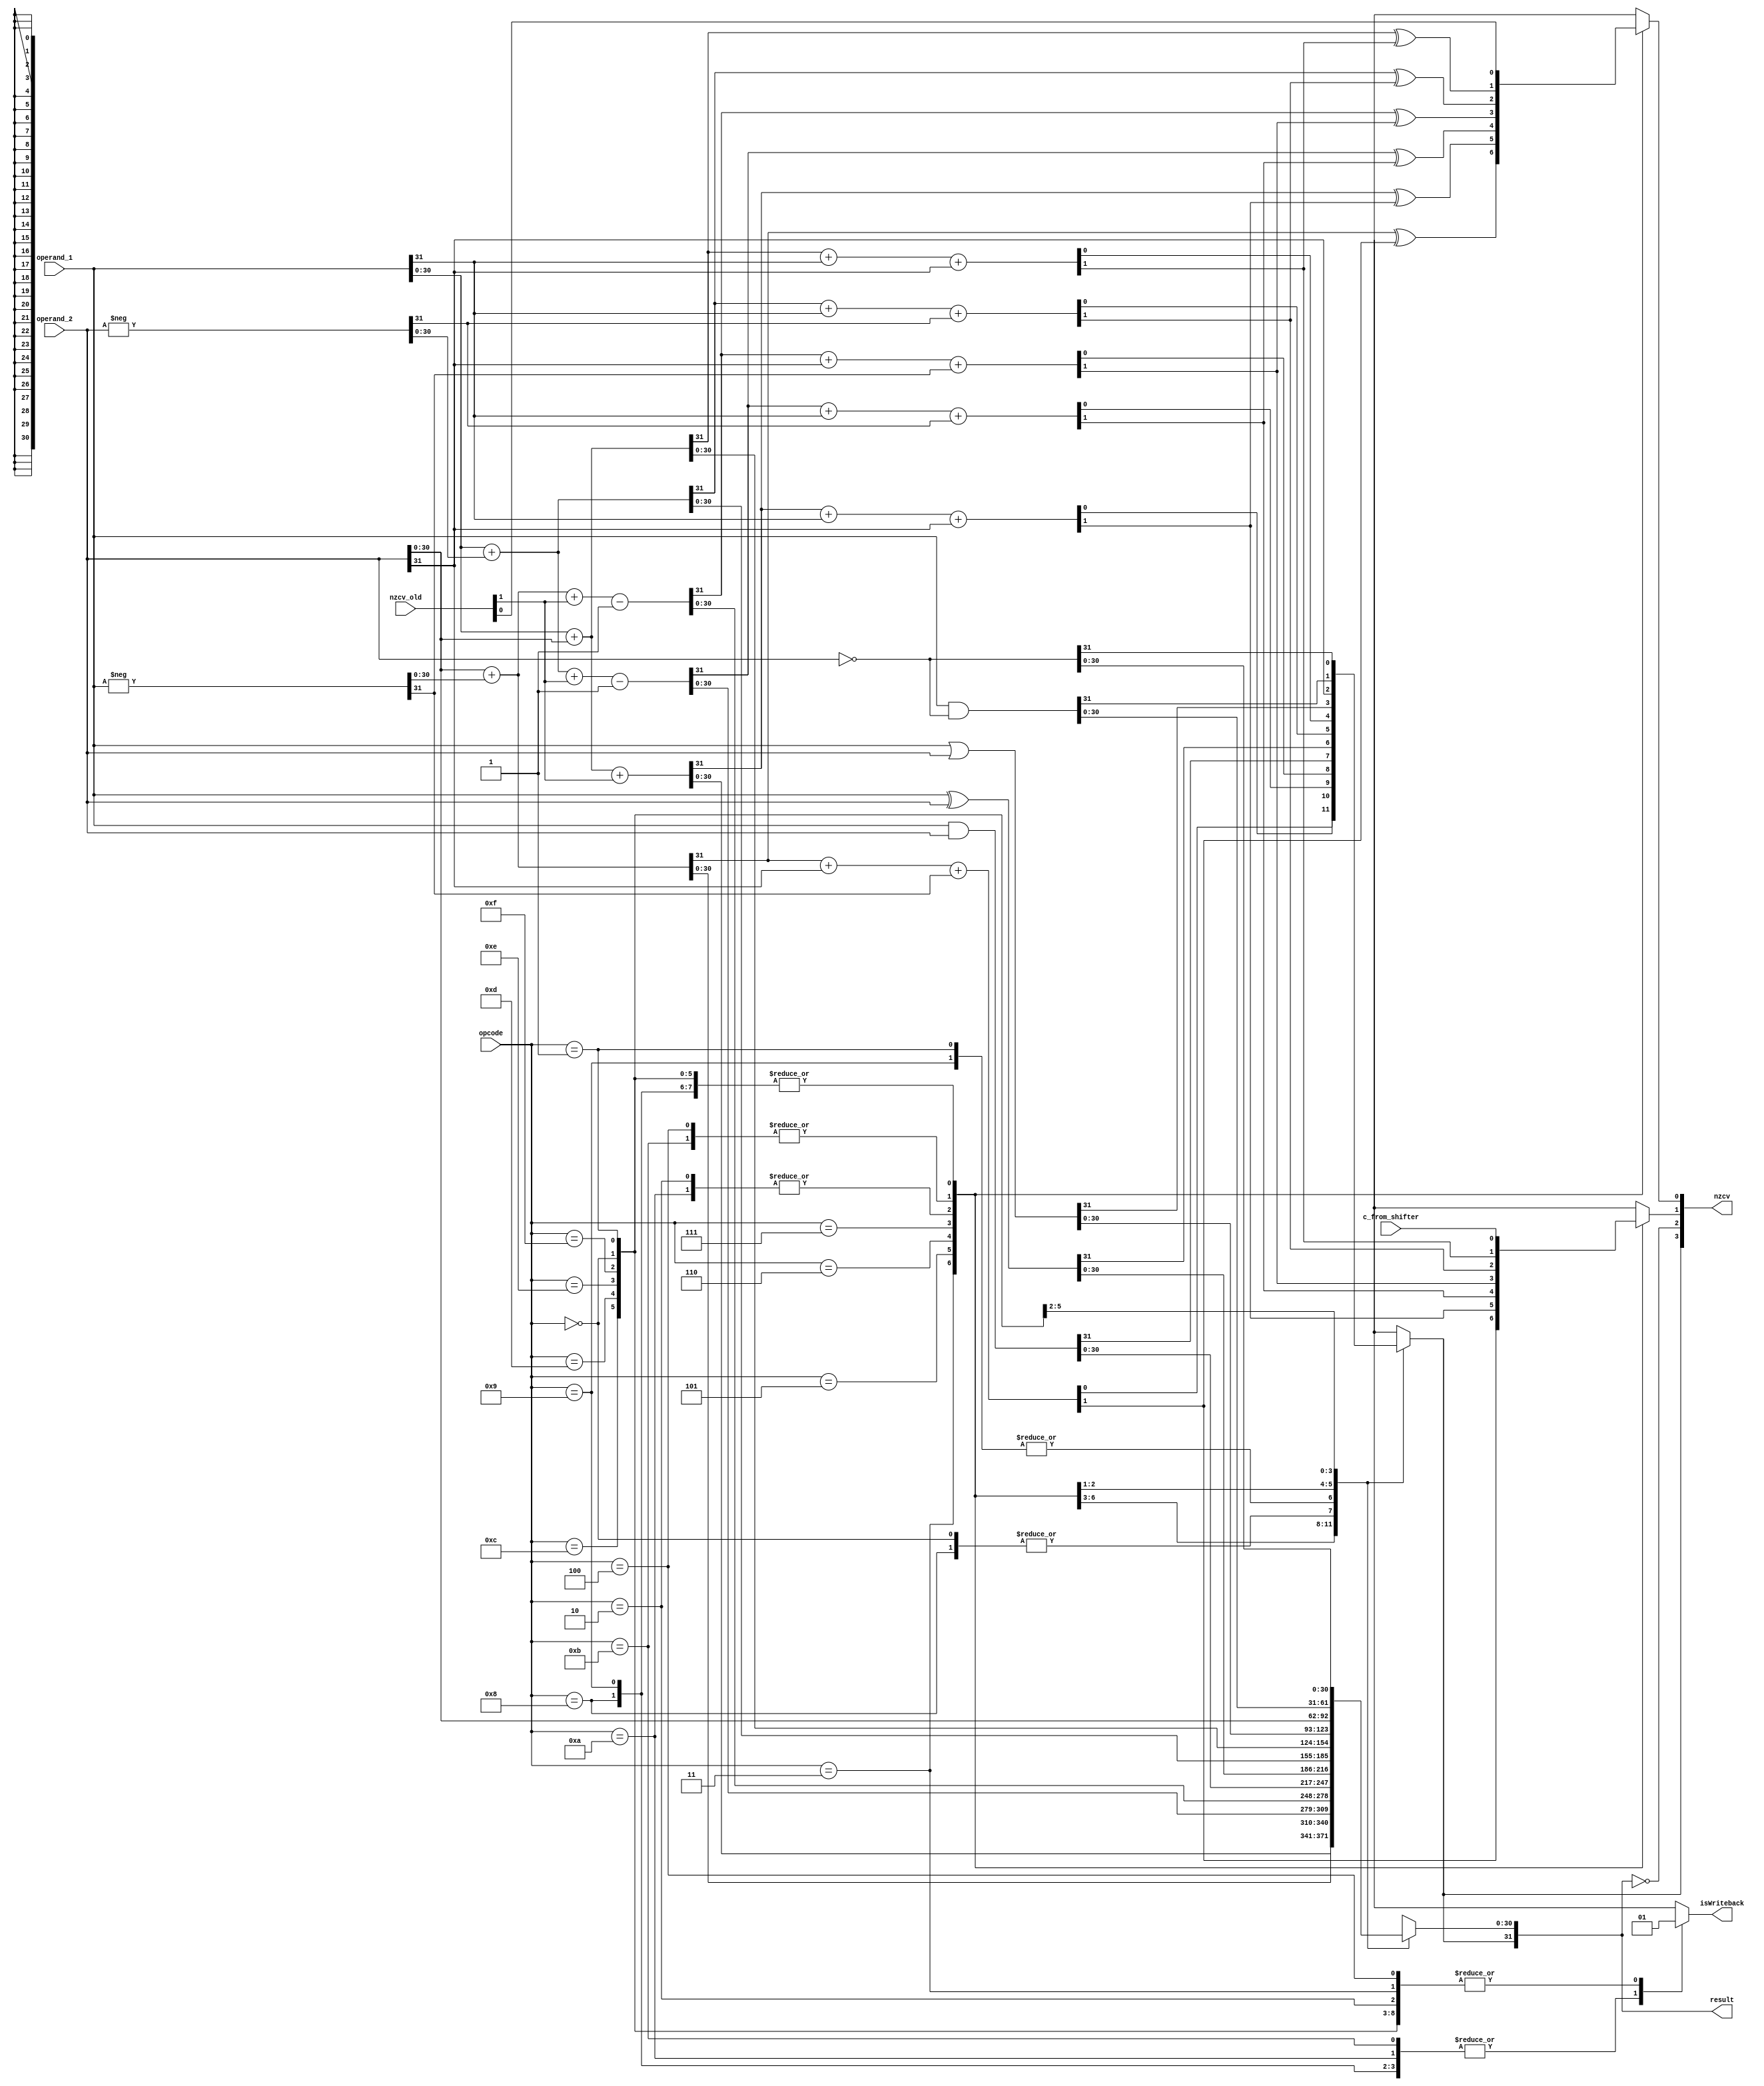
//ALU block

`define AND 4'd0
`define EOR 4'd1
`define SUB 4'd2
`define RSB 4'd3
`define ADD 4'd4
`define ADC 4'd5
`define SBC 4'd6
`define RSC 4'd7
`define TST 4'd8
`define TEQ 4'd9
`define CMP 4'd10
`define CMN 4'd11
`define ORR 4'd12
`define MOV 4'd13
`define BIC 4'd14
`define MVN 4'd15

module alu(opcode, operand_1, operand_2, result, nzcv_old, nzcv, c_from_shifter, isWriteback);

parameter N = 32; 

input[3:0] opcode;    //opcode of operation
input wire [N-1:0] operand_1; //operands:
input wire [N-1:0] operand_2;
input wire[3:0] nzcv_old; //old nzcv
input wire c_from_shifter;//this is carry flag from shifter. so that we can update carry flag for logical instructions

output reg isWriteback; //specifies if result is to be written back
output reg[N-1:0] result; //output
output reg [3:0] nzcv;     //update nzcv register
/*condition code register.  i.e, both read and write,  nzcv[3] = n
nzcv[0] = v
nzcv[1] = c
nzcv[2] = z
nzcv[3] = n  */

reg cin;
reg cout;
reg[N-1:0] neg;
reg[N-1:0] tmp;
always @(*) begin
    nzcv= nzcv_old;

    case(opcode)
        //logical and
        `AND: begin
            result = operand_1 & operand_2;
            nzcv[1] = c_from_shifter;
            isWriteback = 1;
        end
        //xor
        `EOR: begin
            result = operand_1 ^ operand_2;
            isWriteback = 1;
            nzcv[1] = c_from_shifter;
        end
        //result = op1-op2
        `SUB: begin
            neg = -operand_2;
            {cin, result[N-2:0]} = operand_1[N-2:0]+neg[N-2:0]; 
            {cout, result[N-1]} = cin+ operand_1[N-1]+neg[N-1];
            nzcv[1]  = cout;    //carry flag
            nzcv[0] = cin^cout; //overflow flag
            isWriteback = 1;
        end
        
        //result = op2-op1
        `RSB: begin
            neg = -operand_1;
            {cin, result[N-2:0]} = operand_2[N-2:0]+neg[N-2:0]; 
            {cout, result[N-1]} = cin+ operand_2[N-1]+neg[N-1];
            nzcv[1]  = cout;    //carry flag
            nzcv[0] = cin^cout; //overflow flag
            isWriteback = 1;
        end
        
        //result = op1+op2
        `ADD: begin
            {cin, result[N-2:0]} = operand_1[N-2:0]+operand_2[N-2:0]; 
            {cout, result[N-1]} = cin+ operand_1[N-1]+operand_2[N-1];
            nzcv[1]  = cout;    //carry flag
            nzcv[0] = cin^cout; //overflow flag
            isWriteback = 1;
        end
        
        //result = op1+op2+c
        `ADC: begin
            {cin, result[N-2:0]} = operand_1[N-2:0]+operand_2[N-2:0]+nzcv_old[1]; 
            {cout, result[N-1]} = cin+ operand_1[N-1]+operand_2[N-1];
            nzcv[1]  = cout;    //carry flag
            nzcv[0] = cin^cout; //overflow flag
            isWriteback = 1;
        end
        
        //result = op1  Op2 + C-1
        `SBC: begin
            neg = -operand_2;
            {cin, result[N-2:0]} = operand_1[N-2:0]+neg[N-2:0]+nzcv_old[1]-1; 
            {cout, result[N-1]} = cin+ operand_1[N-1]+neg[N-1];
            nzcv[1]  = cout;    //carry flag
            nzcv[0] = cin^cout; //overflow flag    
            isWriteback = 1;
        end
        
        //result = op2-op1+c-1
        `RSC: begin
            neg = -operand_1;
            {cin, result[N-2:0]} = operand_2[N-2:0]+neg[N-2:0]+nzcv_old[1]-1; 
            {cout, result[N-1]} = cin+ operand_2[N-1]+neg[N-1];
            nzcv[1]  = cout;    //carry flag
            nzcv[0] = cin^cout; //overflow flag
            isWriteback = 1;
        end
        
        //same as AND  but you don't write back
        `TST: begin
            result = operand_1 & operand_2;
            isWriteback = 0;
            nzcv[1] = c_from_shifter;
        end
        
        //same as EOR but you don't write back
        `TEQ: begin
            result = operand_1 ^ operand_2;
            isWriteback = 0;
            nzcv[1] = c_from_shifter;
        end
        
        //same as SUB but you don't write back
        `CMP: begin
            neg = -operand_2;
            {cin, result[N-2:0]} = operand_1[N-2:0]+neg[N-2:0]; 
            {cout, result[N-1]} = cin+ operand_1[N-1]+neg[N-1];
            nzcv[1]  = cout;    //carry flag
            nzcv[0] = cin^cout; //overflow flag
            isWriteback = 0;
        end
        
        //same as ADD but you don't write back
        `CMN: begin
            {cin, result[N-2:0]} = operand_1[N-2:0]+operand_2[N-2:0]; 
            {cout, result[N-1]} = cin+ operand_1[N-1]+operand_2[N-1];
            nzcv[1]  = cout;    //carry flag
            nzcv[0] = cin^cout; //overflow flag
            isWriteback = 0;
        end
        
        //bitwise or
        `ORR: begin
            result = operand_1 | operand_2;
            isWriteback = 1;
            nzcv[1] = c_from_shifter;
        end
        
        //move. op1 ignored
        `MOV: begin
            result = operand_2;
            isWriteback = 1;
            nzcv[1] =c_from_shifter;
        end
        
        //res = op1 & ~op2
        `BIC: begin
            result = operand_1 & (~operand_2);
            isWriteback = 1;
            nzcv[1] =c_from_shifter;
        end
        
        //move negated op2
        `MVN: begin
            result = ~operand_2;
            isWriteback = 1;
            nzcv[1] = c_from_shifter;
        end
        
    endcase

    nzcv[3] = result[N-1];     //n flag    
    nzcv[2] = (result == 0); // z flag
            
end
always @(*) begin
    result = tmp;
end
endmodule